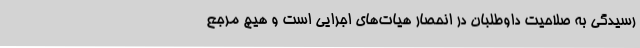
رسیدگی به صلاحیت داوطلبان در انحصار هیات‌های اجرایی است و هیچ مرجع